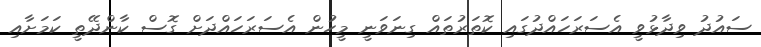
ސައުދު ވިދާޅުވީ އެސަރަހައްދުގައި ކޮތަރުތައް ގިނަވަނީ މީހުން އެސަރަހައްދަށް ގޮސް ކާންދޭތީ ކަމަށާއި